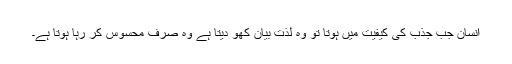
انسان جب جذب کی کیفیت میں ہوتا تو وہ لذت بیان کھو دیتا ہے وہ صرف محسوس کر رہا ہوتا ہے۔